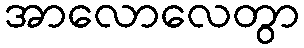
အာလောလေတွာ